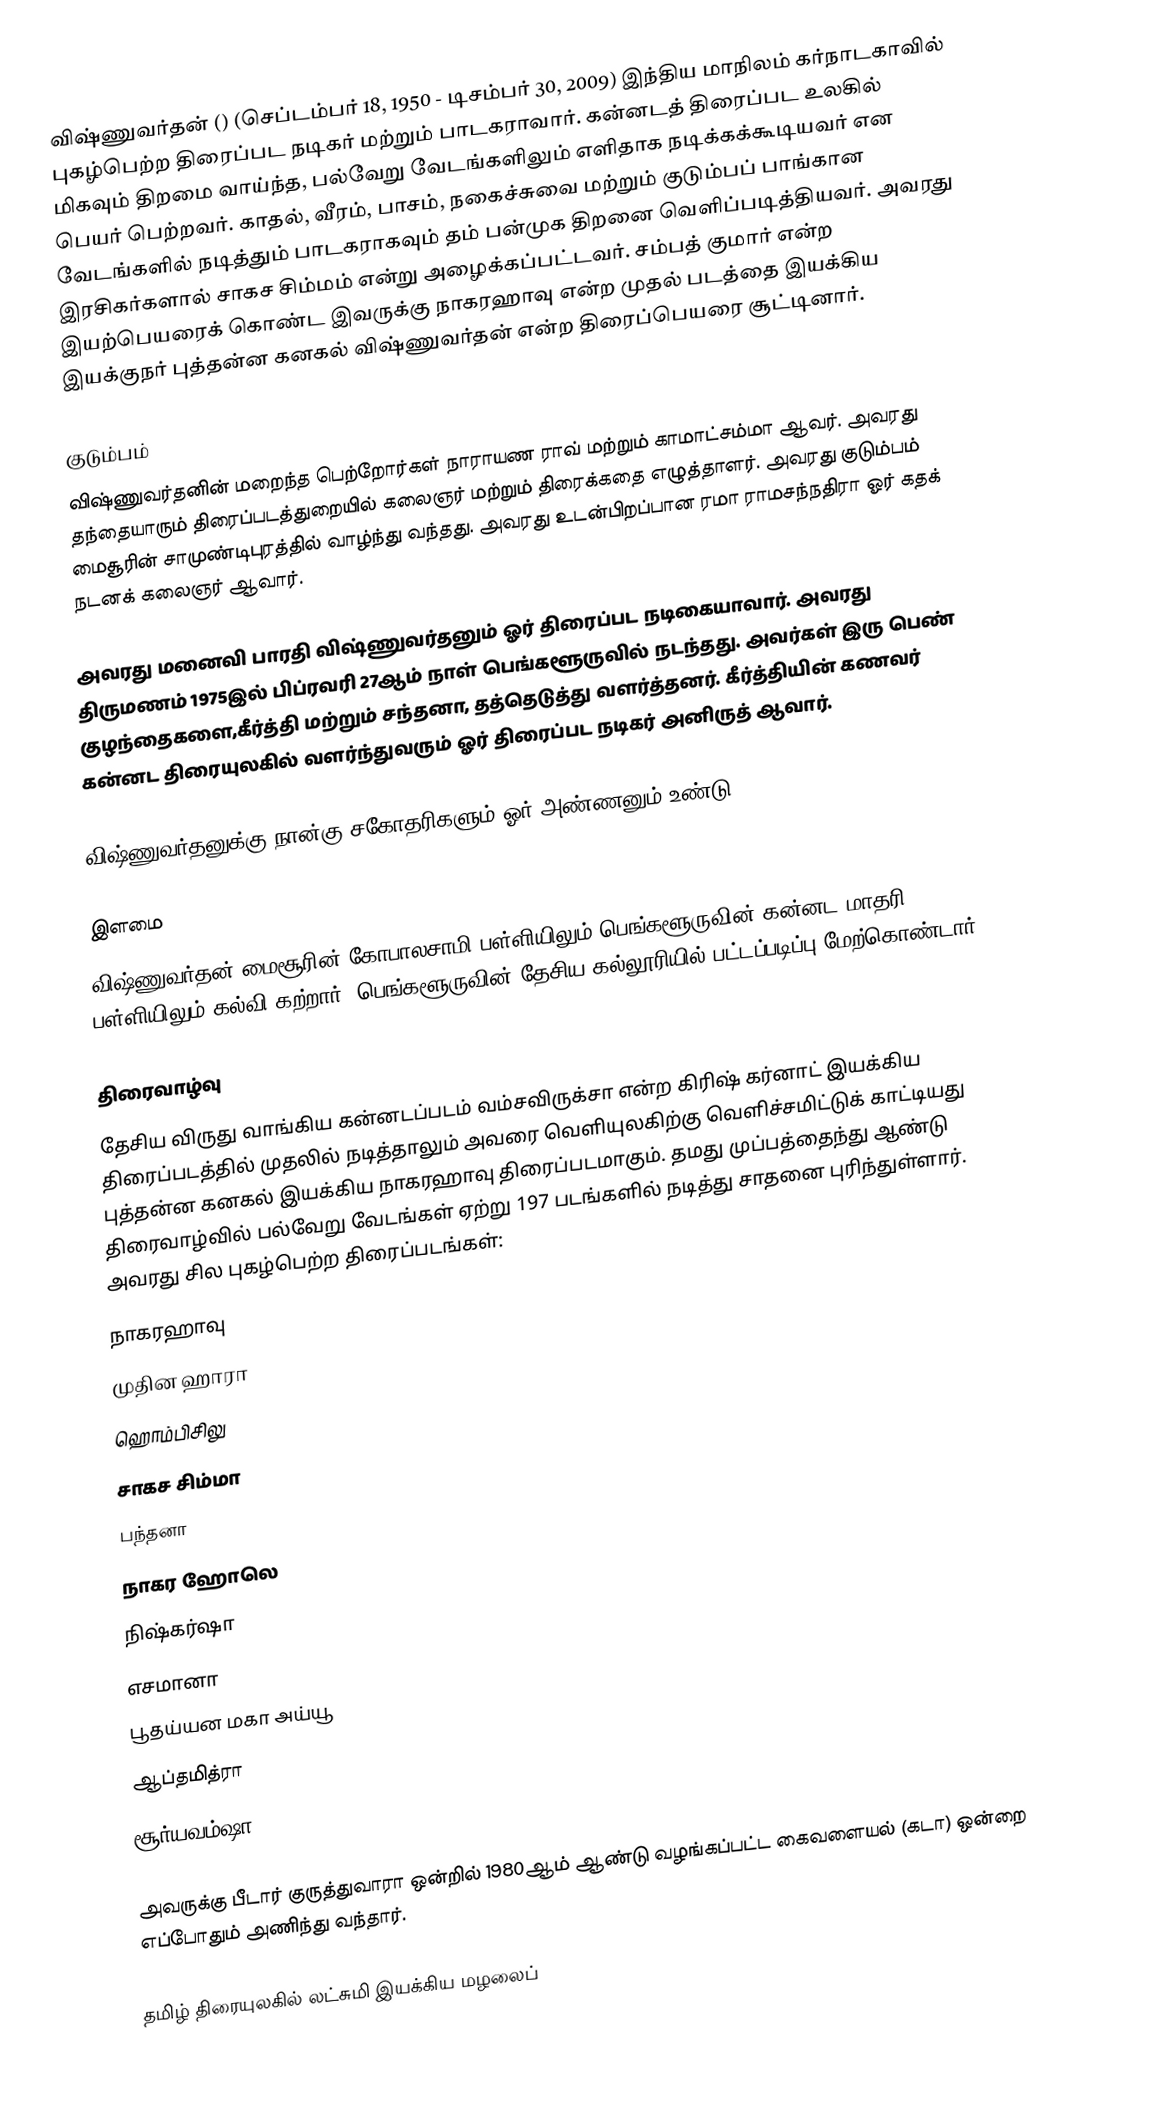
விஷ்ணுவர்தன் () (செப்டம்பர் 18, 1950 - டிசம்பர் 30, 2009) இந்திய மாநிலம் கர்நாடகாவில் புகழ்பெற்ற திரைப்பட நடிகர் மற்றும் பாடகராவார். கன்னடத் திரைப்பட உலகில் மிகவும் திறமை வாய்ந்த, பல்வேறு வேடங்களிலும் எளிதாக நடிக்கக்கூடியவர் என பெயர் பெற்றவர். காதல், வீரம், பாசம், நகைச்சுவை மற்றும் குடும்பப் பாங்கான வேடங்களில் நடித்தும் பாடகராகவும் தம் பன்முக திறனை வெளிப்படித்தியவர். அவரது இரசிகர்களால் சாகச சிம்மம் என்று அழைக்கப்பட்டவர். சம்பத் குமார் என்ற இயற்பெயரைக் கொண்ட இவருக்கு நாகரஹாவு என்ற முதல் படத்தை இயக்கிய இயக்குநர் புத்தன்ன கனகல் விஷ்ணுவர்தன் என்ற திரைப்பெயரை சூட்டினார்.

குடும்பம்
விஷ்ணுவர்தனின் மறைந்த பெற்றோர்கள் நாராயண ராவ் மற்றும் காமாட்சம்மா ஆவர். அவரது தந்தையாரும் திரைப்படத்துறையில் கலைஞர் மற்றும் திரைக்கதை எழுத்தாளர். அவரது குடும்பம் மைசூரின் சாமுண்டிபுரத்தில் வாழ்ந்து வந்தது. அவரது  உடன்பிறப்பான ரமா ராமசந்நதிரா ஓர் கதக் நடனக் கலைஞர் ஆவார்.

அவரது மனைவி பாரதி விஷ்ணுவர்தனும் ஓர் திரைப்பட நடிகையாவார். அவரது திருமணம் 1975இல் பிப்ரவரி 27ஆம் நாள் பெங்களூருவில் நடந்தது. அவர்கள் இரு பெண் குழந்தைகளை,கீர்த்தி மற்றும் சந்தனா, தத்தெடுத்து வளர்த்தனர். கீர்த்தியின் கணவர் கன்னட திரையுலகில் வளர்ந்துவரும் ஓர் திரைப்பட நடிகர் அனிருத் ஆவார்.

விஷ்ணுவர்தனுக்கு நான்கு சகோதரிகளும் ஓர் அண்ணனும் உண்டு.

இளமை
விஷ்ணுவர்தன் மைசூரின் கோபாலசாமி பள்ளியிலும் பெங்களூருவின் கன்னட மாதரி பள்ளியிலும் கல்வி கற்றார். பெங்களூருவின் தேசிய கல்லூரியில் பட்டப்படிப்பு மேற்கொண்டார்.

திரைவாழ்வு
தேசிய விருது வாங்கிய கன்னடப்படம் வம்சவிருக்சா என்ற கிரிஷ் கர்னாட் இயக்கிய திரைப்படத்தில் முதலில் நடித்தாலும் அவரை வெளியுலகிற்கு வெளிச்சமிட்டுக் காட்டியது புத்தன்ன கனகல் இயக்கிய நாகரஹாவு திரைப்படமாகும். தமது முப்பத்தைந்து ஆண்டு திரைவாழ்வில் பல்வேறு வேடங்கள் ஏற்று 197 படங்களில் நடித்து சாதனை புரிந்துள்ளார். அவரது சில புகழ்பெற்ற திரைப்படங்கள்:
 நாகரஹாவு
 முதின ஹாரா
 ஹொம்பிசிலு
 சாகச சிம்மா
 பந்தனா
 நாகர ஹோலெ
 நிஷ்கர்ஷா
 எசமானா
 பூதய்யன மகா அய்யூ
 ஆப்தமித்ரா
 சூர்யவம்ஷா

அவருக்கு பீடார் குருத்துவாரா ஒன்றில் 1980ஆம் ஆண்டு வழங்கப்பட்ட கைவளையல் (கடா) ஒன்றை எப்போதும் அணிந்து வந்தார்.

தமிழ் திரையுலகில் லட்சுமி இயக்கிய மழலைப்